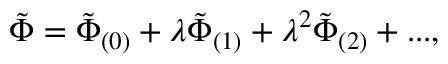
\tilde { \Phi } = \tilde { \Phi } _ { ( 0 ) } + \lambda \tilde { \Phi } _ { ( 1 ) } + \lambda ^ { 2 } \tilde { \Phi } _ { ( 2 ) } + . . . ,